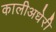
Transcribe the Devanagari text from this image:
कालीअधेरी